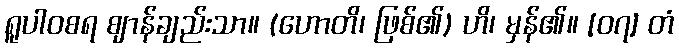
ရူပါဝစရ ဈာန်ချည်းသာ။ (ဟောတိ၊ ဖြစ်၏) ဟိ၊ မှန်၏။ [၀၇] တံ